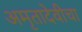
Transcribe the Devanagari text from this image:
अमृतादेवीचा